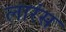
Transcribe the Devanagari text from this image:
लारंस